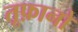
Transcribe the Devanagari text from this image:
तूफ़ानो